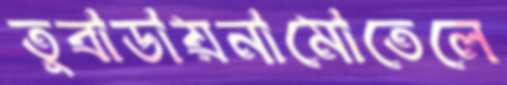
তুবাডায়নামোতেলে